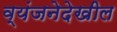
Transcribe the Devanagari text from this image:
व्यंजनेदेखील